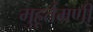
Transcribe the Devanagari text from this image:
मुहूर्तमणी